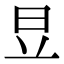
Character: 𣅋